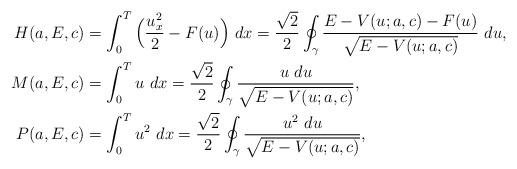
LaTeX: \begin{align*}\begin{aligned}H(a,E,c)&=\int_0^T\Big(\frac{u_x^2}{2}-F(u)\Big)~dx=\frac{\sqrt{2}}{2}\oint_\gamma\frac{E-V(u;a,c)-F(u)}{\sqrt{E-V(u;a,c)}}~du,\\M(a,E,c)&=\int_0^Tu~dx=\frac{\sqrt{2}}{2}\oint_\gamma\frac{u~du}{\sqrt{E-V(u;a,c)}},\\P(a,E,c)&=\int_0^Tu^2~dx=\frac{\sqrt{2}}{2}\oint_\gamma\frac{u^2~du}{\sqrt{E-V(u;a,c)}},\end{aligned}\end{align*}